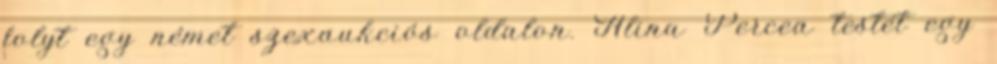
folyt egy német szexaukciós oldalon. Alina Percea testét egy